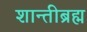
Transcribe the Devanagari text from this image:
शान्तीब्रह्म